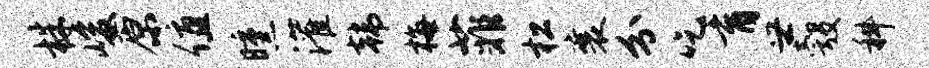
株峻原值曛灌韩梅菲松襄分吃育世彀科